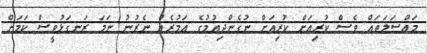
މައްސަލަތައް ވެސް ކުރިއަށް ކުރިއަށް ނުގެންދިއުމުގެ އަމުރެއް ނެރުނު ނަމަ ރަނގަޅުވީސް ކަމަށް